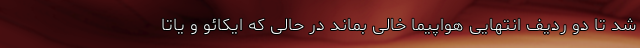
شد تا دو ردیف انتهایی هواپیما خالی بماند در حالی که ایکائو و یاتا